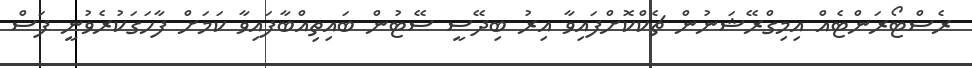
ރެސްޓޯރަންޓެއް އިމިގްރޭޝަނުން ޗެކްކޮށްފައިވާ އިރު ބިދޭސީ ސޭޓުން ބައިތިއްބާފައިވާ ކަމަށް ފާހަގަކުރެވުނީ ފަސް